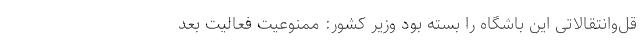
قل‌وانتقالاتی این باشگاه را بسته بود وزیر کشور: ممنوعیت فعالیت بعد